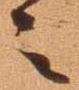
之